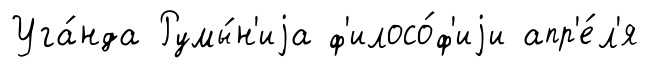
Уга́нда Румы́н'иjа ф'илосо́ф'иjи апр'е́л'я